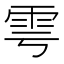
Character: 雩